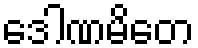
ဒေါဏမိတေ